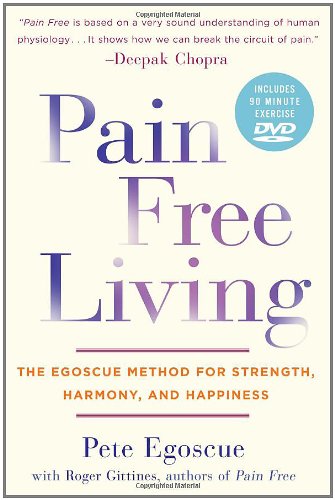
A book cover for Pain Free Living: The Egoscue Method for Strength, Harmony, and Happiness; Pete Egoscue; Health, Fitness & Dieting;